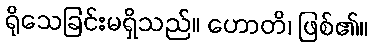
ရိုသေခြင်းမရှိသည်။ ဟောတိ၊ ဖြစ်၏။